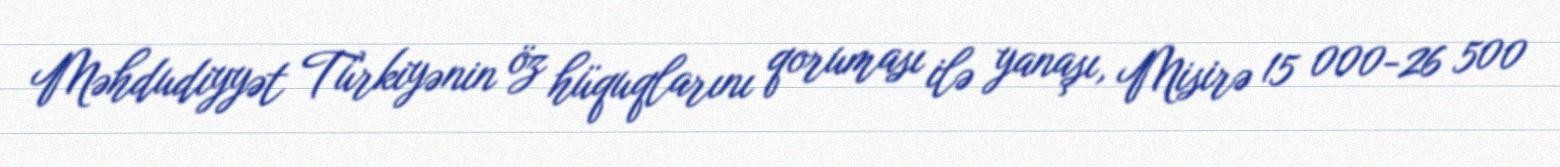
Məhdudiyyət Türkiyənin öz hüquqlarını qoruması ilə yanaşı, Misirə 15 000-26 500